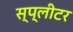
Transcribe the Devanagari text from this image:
स्प्लीटर